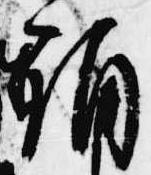
誦